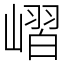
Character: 嶍